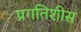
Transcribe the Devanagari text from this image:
प्रगतिशीस